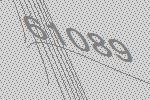
61089